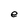
Character: e